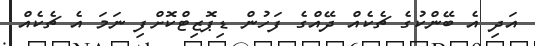
އަދި އެ ބޭންކުގެ ޗެކެއް ދޭއްގެ ފަހުން ޑިޕޮޒިޓްކޮށްފި ނަމަ އެ ޗެކެއް